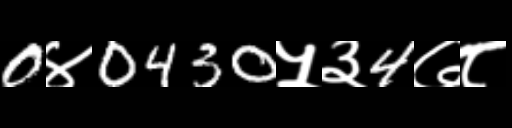
Text: 0४0430५३4७८